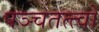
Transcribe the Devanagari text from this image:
पञ्चतत्त्वों